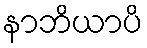
နာဘိယာပိ